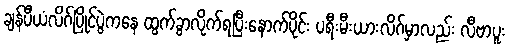
ချန်ပီယံလိဂ်ပြိုင်ပွဲကနေ ထွက်ခွာလိုက်ရပြီးနောက်ပိုင်း ပရီးမီးယားလိဂ်မှာလည်း လီဗာပူး